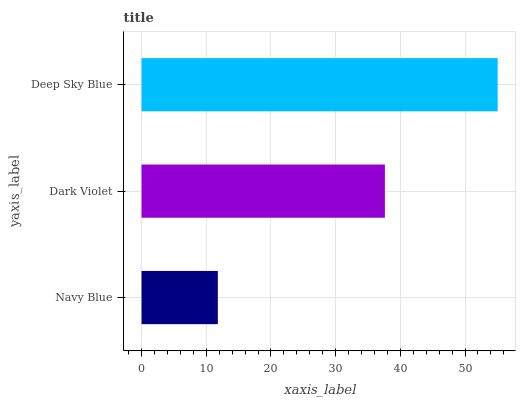
| yaxis_label | bars |
 | --- | --- |
 | Navy Blue | 11.8 |
 | Dark Violet | 37.6 |
 | Deep Sky Blue | 55 |